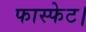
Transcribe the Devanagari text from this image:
फास्फेट।